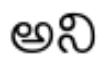
అని